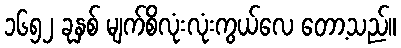
၁၆၅၂ ခုနှစ် မျက်စိလုံးလုံးကွယ်လေ တော့သည်။